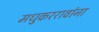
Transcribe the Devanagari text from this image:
मधुकररावांना